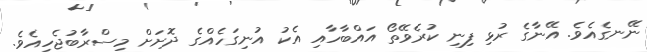
ނޭނގެއެވެ. އޭނާގެ ރުޅި ފިނި ކުރެވޭތޯ އައްބާހާއި އެކު އުނިގަހެއްގެ ދޮށަށް މިސްރާބުޖެހިއެވެ.